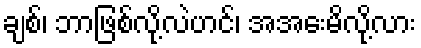
ချစ်၊ ဘာဖြစ်လို့လဲဟင်၊ အအေးမိလို့လား